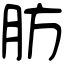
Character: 肪